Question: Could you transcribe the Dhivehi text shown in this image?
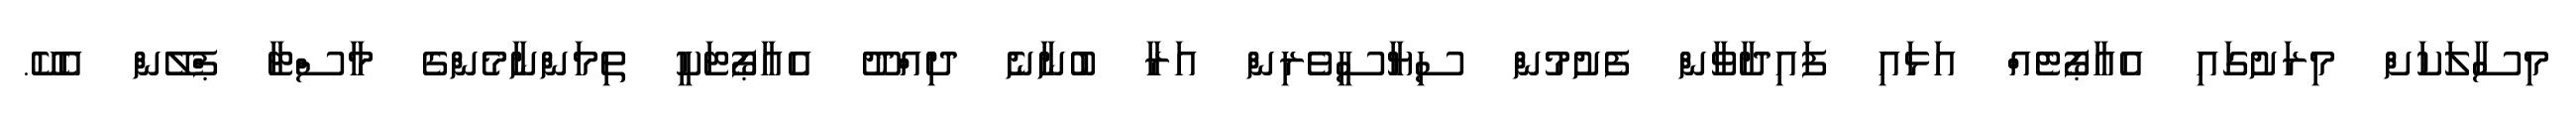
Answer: މިސާލަކަށް މިރަށުގައި އެއާޕޯޓެއް އަޅައި ފައިދާވާން ފެށުމުން ސިޔާސީވެރިން އަރާ ބުނާނެ ދިއްދޫ އެއާޕޯޓަކީ ތިމަންނާމެންގެ މާސްޓާ ޕްލޭން އެކޭ.